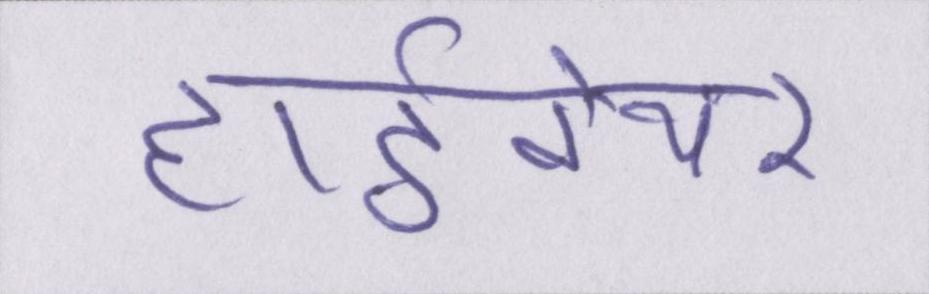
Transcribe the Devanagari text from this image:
हार्डवेयर